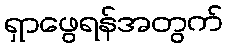
ရှာဖွေရန်အတွက်